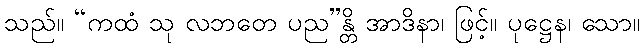
သည်။ “ကထံ သု လဘတေ ပည”န္တိ အာဒိနာ၊ ဖြင့်။ ပုဋ္ဌေန၊ သော။